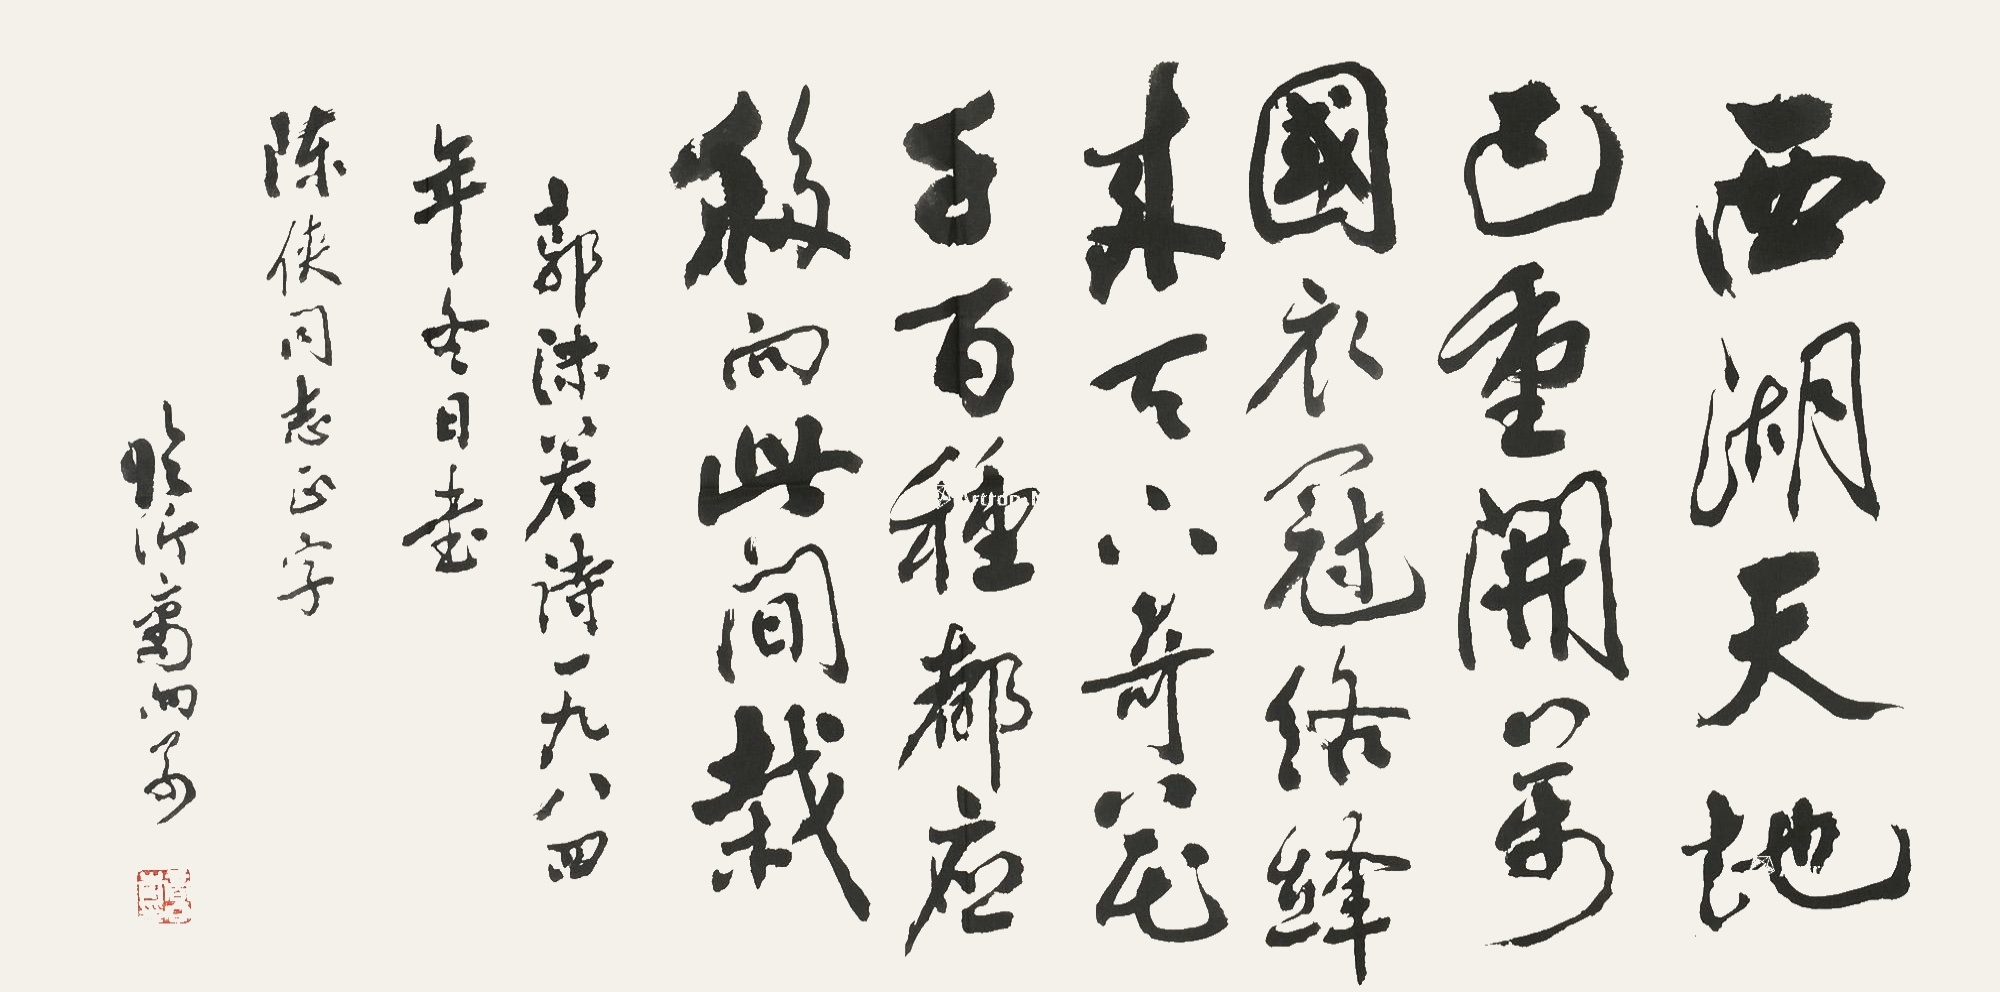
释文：西湖天地已重开，万国衣冠络绎来。天下奇花千百种，都应移向此间栽。郭沫若诗一九八四年冬日书，陈侠同志正字。临沂商向前。